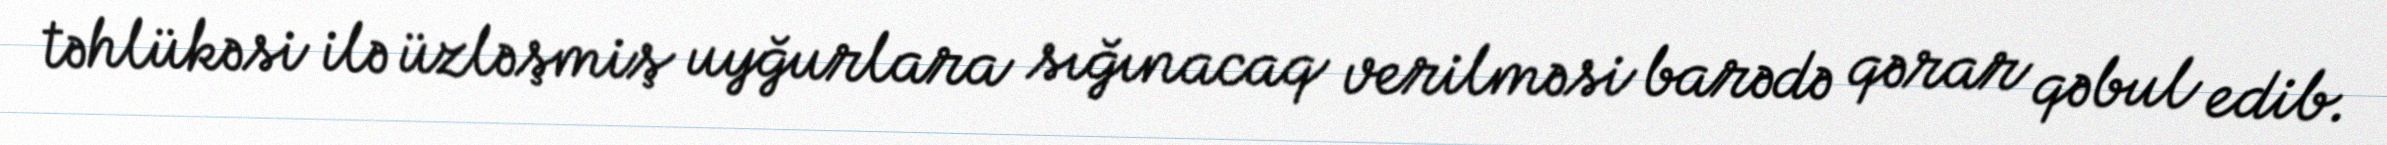
təhlükəsi ilə üzləşmiş uyğurlara sığınacaq verilməsi barədə qərar qəbul edib.